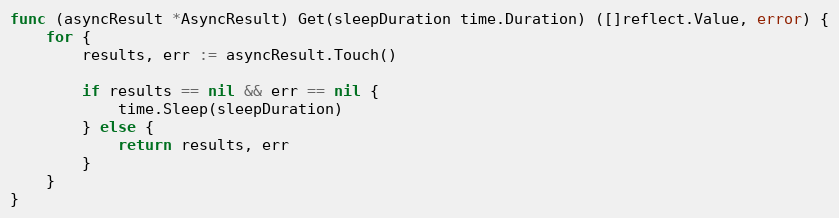
Language: Go
func (asyncResult *AsyncResult) Get(sleepDuration time.Duration) ([]reflect.Value, error) {
	for {
		results, err := asyncResult.Touch()

		if results == nil && err == nil {
			time.Sleep(sleepDuration)
		} else {
			return results, err
		}
	}
}